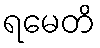
ရမေတိ